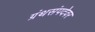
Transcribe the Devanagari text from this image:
ग्रंथसंपदेवर